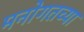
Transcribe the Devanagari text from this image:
मनोगतच्या